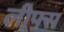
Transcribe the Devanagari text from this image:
लीफ्स